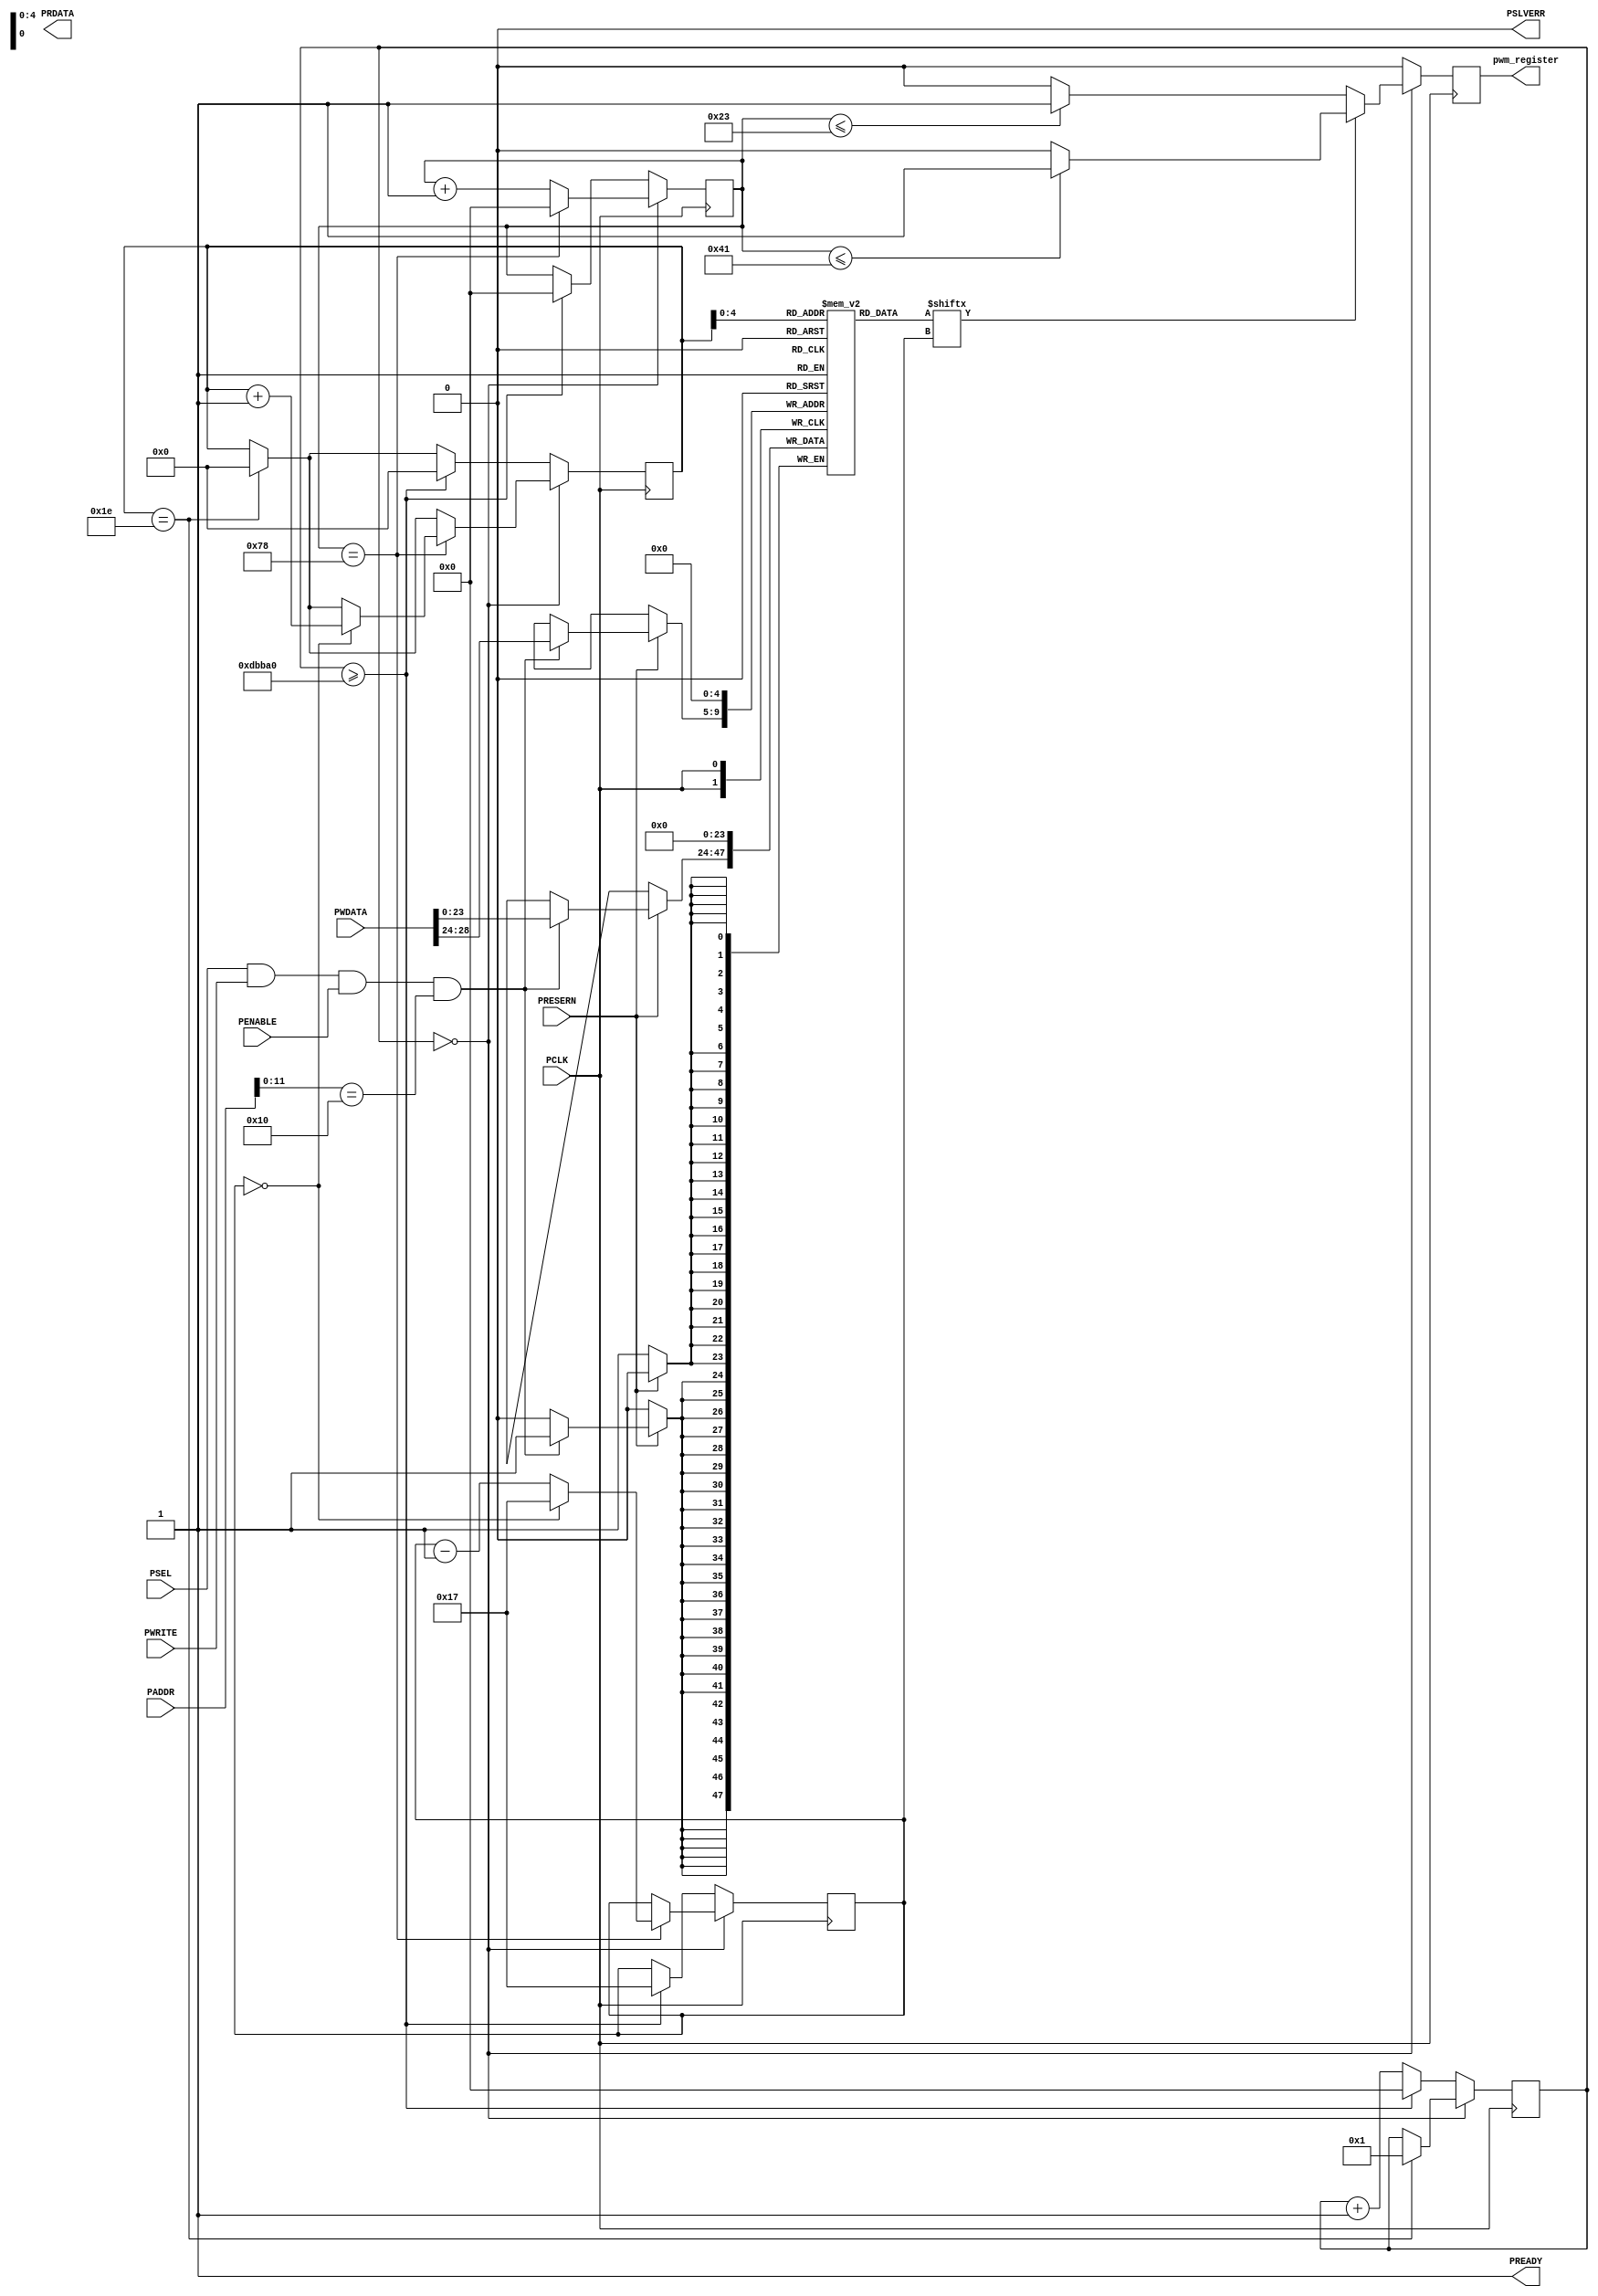
module pwmcontrol(
/*** APB3 BUS INTERFACE ***/
input PCLK, // clock
input PRESERN, // system reset
input PSEL, // peripheral select
input PENABLE, // distinguishes access phase
output wire PREADY, // peripheral ready signal
output wire PSLVERR, // error signal
input PWRITE, // distinguishes read and write cycles
input [31:0] PADDR, // I/O address
input wire [31:0] PWDATA, // data from processor to I/O device (32 bits)
output reg [31:0] PRDATA, // data to processor from I/O device (32-bits)
/*** I/O PORTS DECLARATION ***/
output reg pwm_register
);


`define period 120 //1.2 us
`define t0L 35
`define t1L 65
`define resetPeriod 900000

assign PSLVERR = 0;
assign PREADY = 1;

//MMIO addr for functions Base: 0x40050000
/*	SW: 0x4005000
    neo_info: 0x40050010
*/

reg [23:0] pwmvalue [29:0]; //number we are writing as PWM [1 or 0] for 24 bit block
reg [5:0] counter_24;
reg [5:0] counter_30;
reg [31:0] counter_reset;
reg [31:0] count;

//assign pwmvalue[0] = 24'h00FF00;
//assign pwmvalue[1] = 24'h00FF;
//assign pwmvalue[2] = 24'h00FF0F;
wire neoInfo_write = PSEL & PWRITE & PENABLE & (PADDR[11:0] == 12'h010);
//wire PWM_write = PWRITE & PSEL & PENABLE & (PADDR[5:0] == 6'h00);


////MMIO handler [READ]
//always @(posedge PCLK) 		//register control for APB3 reads
//begin	
    //PRDATA[31:1] <= 31'h00000000;				//initialize the PRDATA
	//PRDATA[0] <= buttonDebounce; 	            //read switch values to PRDATA
//end

//MMIO handler [WRITE]
always @(posedge PCLK) 		// register control for APB3 writes
begin
	if(!PRESERN)
        pwmvalue[0] <= 24'd0;
	else if(neoInfo_write)
    begin
		pwmvalue[PWDATA[31:24]] <= PWDATA[23:0];
    end
end

//led data send
always @(posedge PCLK)
begin

    if(counter_30 == 30)
    begin
        counter_30 <= 0;
        counter_reset <= 1;
    end

    if(counter_reset == 0)
    begin
        if (count == `period)
        begin
            count <= 0;
            if(counter_24 == 0)
            begin
                counter_24 <= 23;
                counter_30 <= counter_30 + 1;
                //update the LED table
                //pwmvalue[neonum][23:0] = color_val;
            end
            else
                counter_24 <= counter_24 - 1;
        end
        else
            count <= count + 1;
        
        if(pwmvalue[counter_30][counter_24] == 0)
        begin
            if (count <= `t0L)
                pwm_register <= 1;
            else
                pwm_register <= 0;
        end
        
        else if(pwmvalue[counter_30][counter_24] == 1)
        begin
            if (count <= `t1L)
                pwm_register <= 1;
            else
                pwm_register <= 0;
        end
    end
    else
    begin
        pwm_register <= 0;
        if(counter_reset >= `resetPeriod)
        begin    
            counter_reset <= 0;
            counter_30 <= 0;
            counter_24 <= 23;
            count <= 0;
        end
        else
            counter_reset <= counter_reset + 1;
    end
end
endmodule